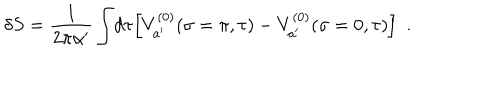
\delta S = \frac { 1 } { 2 \pi \alpha ^ { \prime } } \int \! d \tau \Big [ V _ { a ^ { \prime } } ^ { ( 0 ) } ( \sigma = \pi , \tau ) - V _ { a ^ { \prime } } ^ { ( 0 ) } ( \sigma = 0 , \tau ) \Big ] ~ ~ .